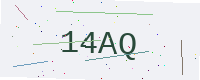
Text: 14AQ